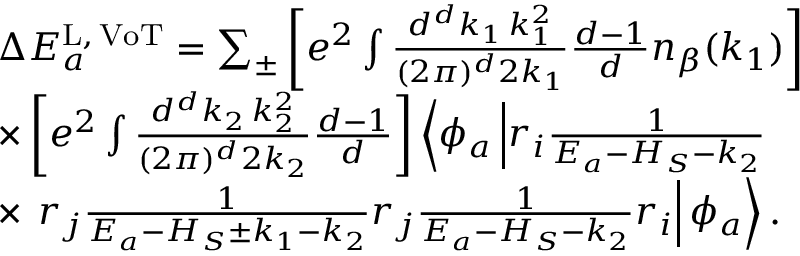
\begin{array} { r l } & { \Delta E _ { a } ^ { \mathrm { L , \, V o T } } = \sum _ { \pm } \left[ e ^ { 2 } \int \frac { d ^ { d } k _ { 1 } \, k _ { 1 } ^ { 2 } } { ( 2 \pi ) ^ { d } 2 k _ { 1 } } \frac { d - 1 } { d } n _ { \beta } ( k _ { 1 } ) \right] } \\ & { \times \left[ e ^ { 2 } \int \frac { d ^ { d } k _ { 2 } \, k _ { 2 } ^ { 2 } } { ( 2 \pi ) ^ { d } 2 k _ { 2 } } \frac { d - 1 } { d } \right] \left\langle \phi _ { a } \left| r _ { i } \frac { 1 } { E _ { a } - H _ { S } - k _ { 2 } } \right. \right. } \\ & { \times \left. \left. r _ { j } \frac { 1 } { E _ { a } - H _ { S } \pm k _ { 1 } - k _ { 2 } } r _ { j } \frac { 1 } { E _ { a } - H _ { S } - k _ { 2 } } r _ { i } \right| \phi _ { a } \right\rangle . } \end{array}